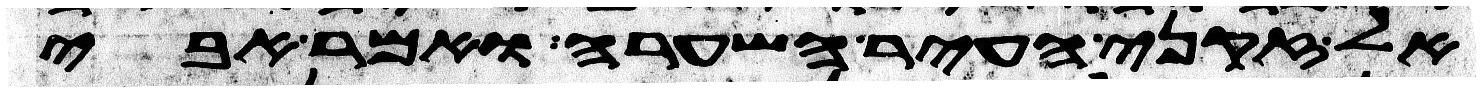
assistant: אל זקני העיר השערה ואמר אבי